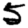
Digit: 5